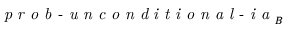
\textit { p r o b - u n c o n d i t i o n a l - i a } _ { B }